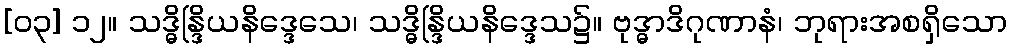
[၀၃] ၁၂။ သဒ္ဓိန္ဒြိယနိဒ္ဒေသေ၊ သဒ္ဓိန္ဒြိယနိဒ္ဒေသ၌။ ဗုဒ္ဓာဒိဂုဏာနံ၊ ဘုရားအစရှိသော